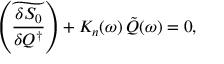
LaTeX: \left( \widetilde { \frac { \delta S _ { 0 } } { \delta Q ^ { \dagger } } } \right) + K _ { n } ( \omega ) \, \tilde { Q } ( \omega ) = 0 ,